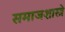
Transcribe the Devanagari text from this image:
समाजशास्त्रे